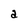
Character: a